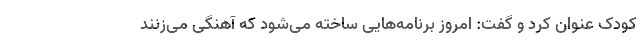
کودک عنوان کرد و گفت: امروز برنامه‌هایی ساخته می‌شود که آهنگی می‌زنند